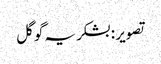
تصویر : بشکریہ گوگل